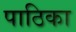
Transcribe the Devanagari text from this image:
पाठिका